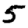
Digit: 5